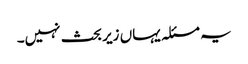
یہ مسئلہ یہاں زیر بحث نہیں۔